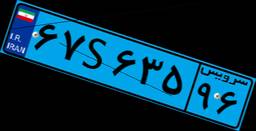
۴۱S۱۵۰۳۱